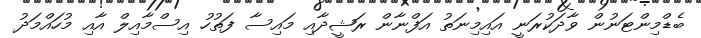
ބެޑްމިންޓަނުން ވާދަކުރަނީ އައިމިނަތު އަފްނާން ރަޝީދާއި މައިސާ ފަތުހު އިސްމާއިލް އާއި މުހައްމަދު